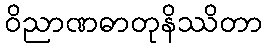
ဝိညာဏဓာတုနိဿိတာ